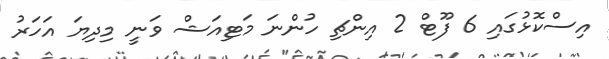
އިސްކޮޅުގައި 6 ފޫޓް 2 އިންޗި ހުންނަ މަޓިއަޝް ވަނީ މިދިޔަ އަހަރު